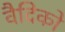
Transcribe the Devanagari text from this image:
वैदिको